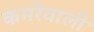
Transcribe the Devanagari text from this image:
कमरेवाली